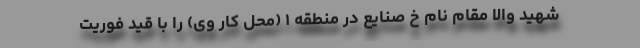
شهید والا مقام نام خ صنایع در منطقه ١ (محل کار وى) را با قید فوریت